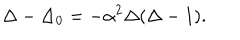
\Delta - { \Delta _ { 0 } } = - { \alpha ^ { 2 } } \Delta ( \Delta - 1 ) .